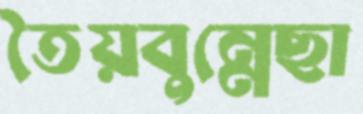
তৈয়বুন্নেছা